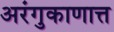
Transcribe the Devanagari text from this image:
अरंगुकाणात्त